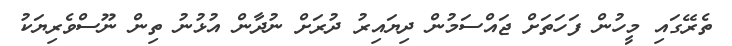
ތެރޭގައި މީހުން ފަހަތަށް ޖައްސަމުން ދިޔައިރު ދުރަށް ނުދާން އުޅުނު ތިން ނޫސްވެރިޔަކު